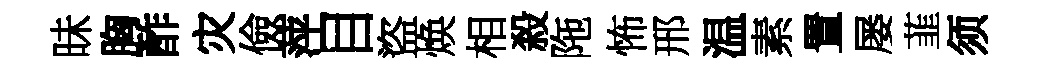
昧胸酢灾儉萍目盜焕相殺陁怖邢温素置屡韮须